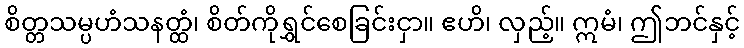
စိတ္တသမ္ပဟံသနတ္ထံ၊ စိတ်ကိုရွှင်စေခြင်းငှာ။ ဧဟိ၊ လှည့်။ ဣမံ၊ ဤဘင်နှင့်